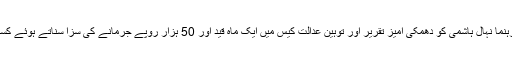
رواں برس یکم فروری کو سپریم کورٹ نے مسلم لیگ (ن) کے سینئر رہنما نہال ہاشمی کو دھمکی آمیز تقریر اور توہینِ عدالت کیس میں ایک ماہ قید اور 50 ہزار روپے جرمانے کی سزا سناتے ہوئے کسی بھی عوامی عہدے کے لیے پانچ سال کے لیے نااہل قرار دے دیا تھا۔